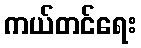
ကယ်တင်ရေး